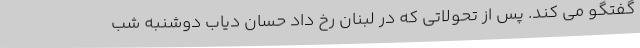
گفتگو می کند. پس از تحولاتی که در لبنان رخ داد حسان دیاب دوشنبه شب